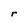
Character: r